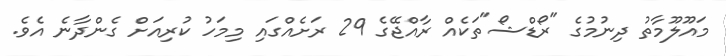
މައޫލޫމާތު ދިނުމުގެ "ރޯޑްޝޯ"ތަކެއް ރާއްޖޭގެ 29 ރަށެއްގައި މިމަހު ކުރިއަށް ގެންދާނެ އެވެ.